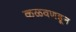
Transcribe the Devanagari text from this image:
कळवणहून